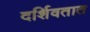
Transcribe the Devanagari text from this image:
दर्शिवतात